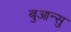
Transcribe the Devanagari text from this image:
बुआन्सु